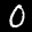
Label: 0